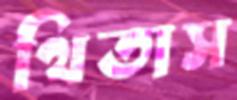
থিতাস